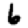
Digit: 6